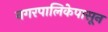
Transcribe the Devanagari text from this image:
नगरपालिकेपासून